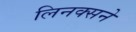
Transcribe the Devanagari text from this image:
लिनक्सने